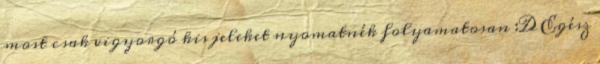
most csak vigyorgó kis jeleket nyomatnék folyamatosan :D Egész